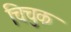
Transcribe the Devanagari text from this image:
चिचुक